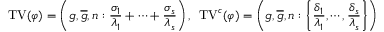
\mathrm { T V } ( \varphi ) = \left( g , \overline { { g } } , n : \frac { \sigma _ { 1 } } { \lambda _ { 1 } } + \cdots + \frac { \sigma _ { s } } { \lambda _ { s } } \right) , \: \: \mathrm { T V } ^ { c } ( \varphi ) = \left( g , \overline { { g } } , n : \left\{ \frac { \delta _ { 1 } } { \lambda _ { 1 } } , \cdots , \frac { \delta _ { s } } { \lambda _ { s } } \right\} \right)